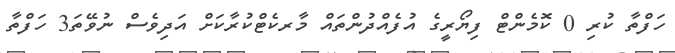
ހަފްތާ ކުރި 0 ކޮމެންޓް ފިޔޯރީގެ އުފެއްދުންތައް މާރކެޓްކުރާކަށް އަދިވެސް ނުވޭތަ3 ހަފްތާ